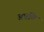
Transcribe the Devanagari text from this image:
अन्नचि